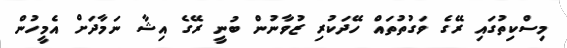
މިސްކިތުގައި ރޭގެ ވަގުތުތައް ހޭދަކުރި ޒުވާނުން ބުނީ ރޭގެ އިޝާ ނަމާދަށް އެމީހުން